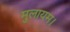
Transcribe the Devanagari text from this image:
मुलायम।